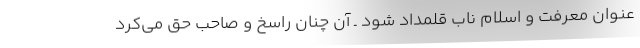
عنوان معرفت و اسلام ناب قلمداد شود ـ آن چنان راسخ و صاحب حق می‌کرد